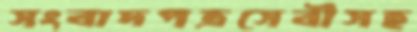
সংবাদপত্রসেবীসহ